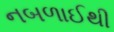
નબળાઈથી